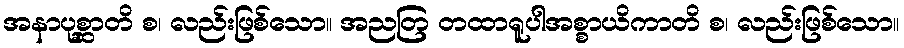
အနာပုစ္ဆာတိ စ၊ လည်းဖြစ်သော။ အညတြ တထာရူပါအစ္စာယိကာတိ စ၊ လည်းဖြစ်သော။